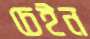
চেইন